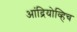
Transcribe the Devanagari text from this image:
आंद्रियोव्हिच